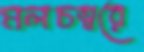
মলচত্বরে